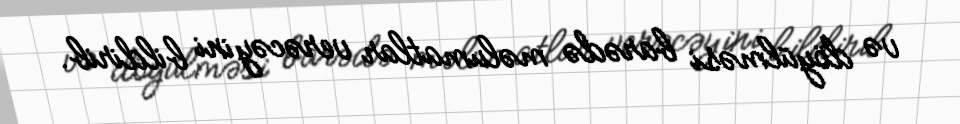
və döyülməsi barədə məlumatlar verəcəyini bildirib.